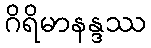
ဂိရိမာနန္ဒဿ